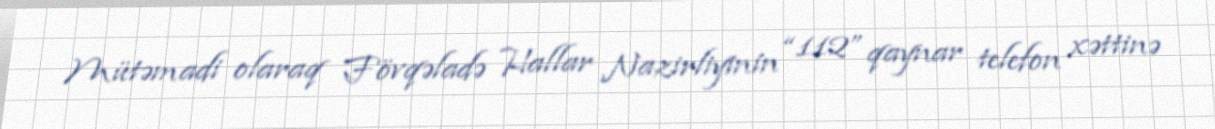
Mütəmadi olaraq Fövqəladə Hallar Nazirliyinin “112” qaynar telefon xəttinə